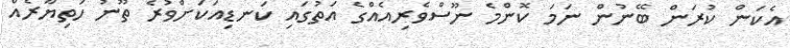
އެކަން ކުރަން ބޭނުން ނަމަ ކޮންމެ ނޫސްވެރިއެއްގެ އަތުގައި ކަނޑިއަކަށްވުރެ ތޫނު ހަތިޔާރެއް